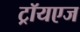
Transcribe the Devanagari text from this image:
ट्रॉयएज